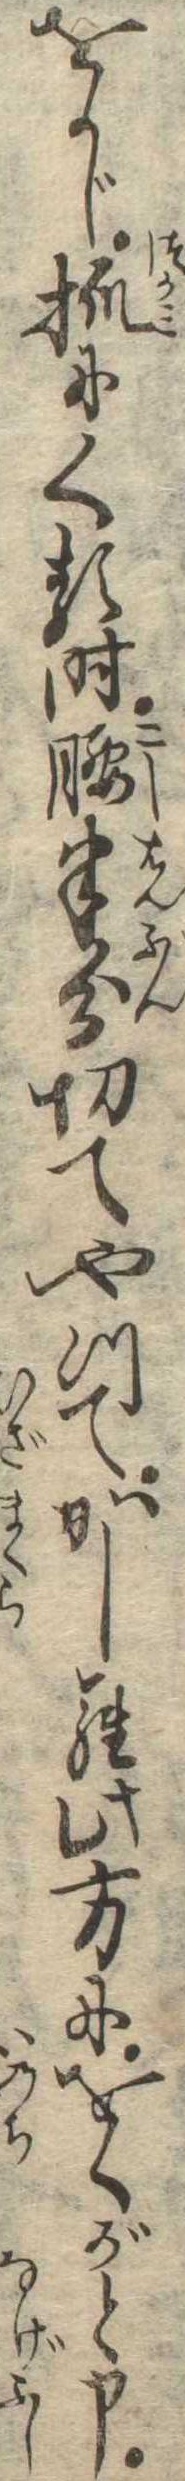
をかじ抓にくる時腰半分切てやつてかしら此方にをくがと申